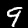
Label: 9